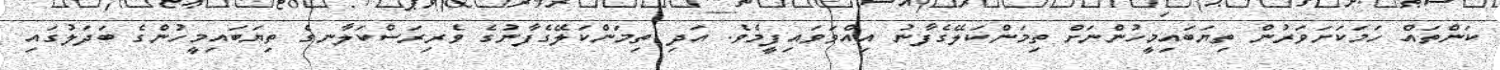
ކަންތައް ހަމަކަށަވަރުން ތިޔަބައިމީހުންނަށް ތިމަންކަލޭގެފާނު އިއްވަވައިފީމެވެ. އަދި ތިމަންކަލޭގެފާނުގެ ވެރިރަސްކަލާނގެ ތިޔަބައިމީހުންގެ ބަދަލުގައި